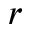
r